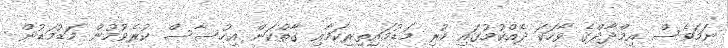
ނަމަވެސް އިމްދާދްގެ ވާހަކަ ދެއްކުމުގައި ހުރި މަޑުމައިތިރިކަމާއި ގާތްކަން އިހުސާސް ކުރެވުމުން މަޑުމަޑުން